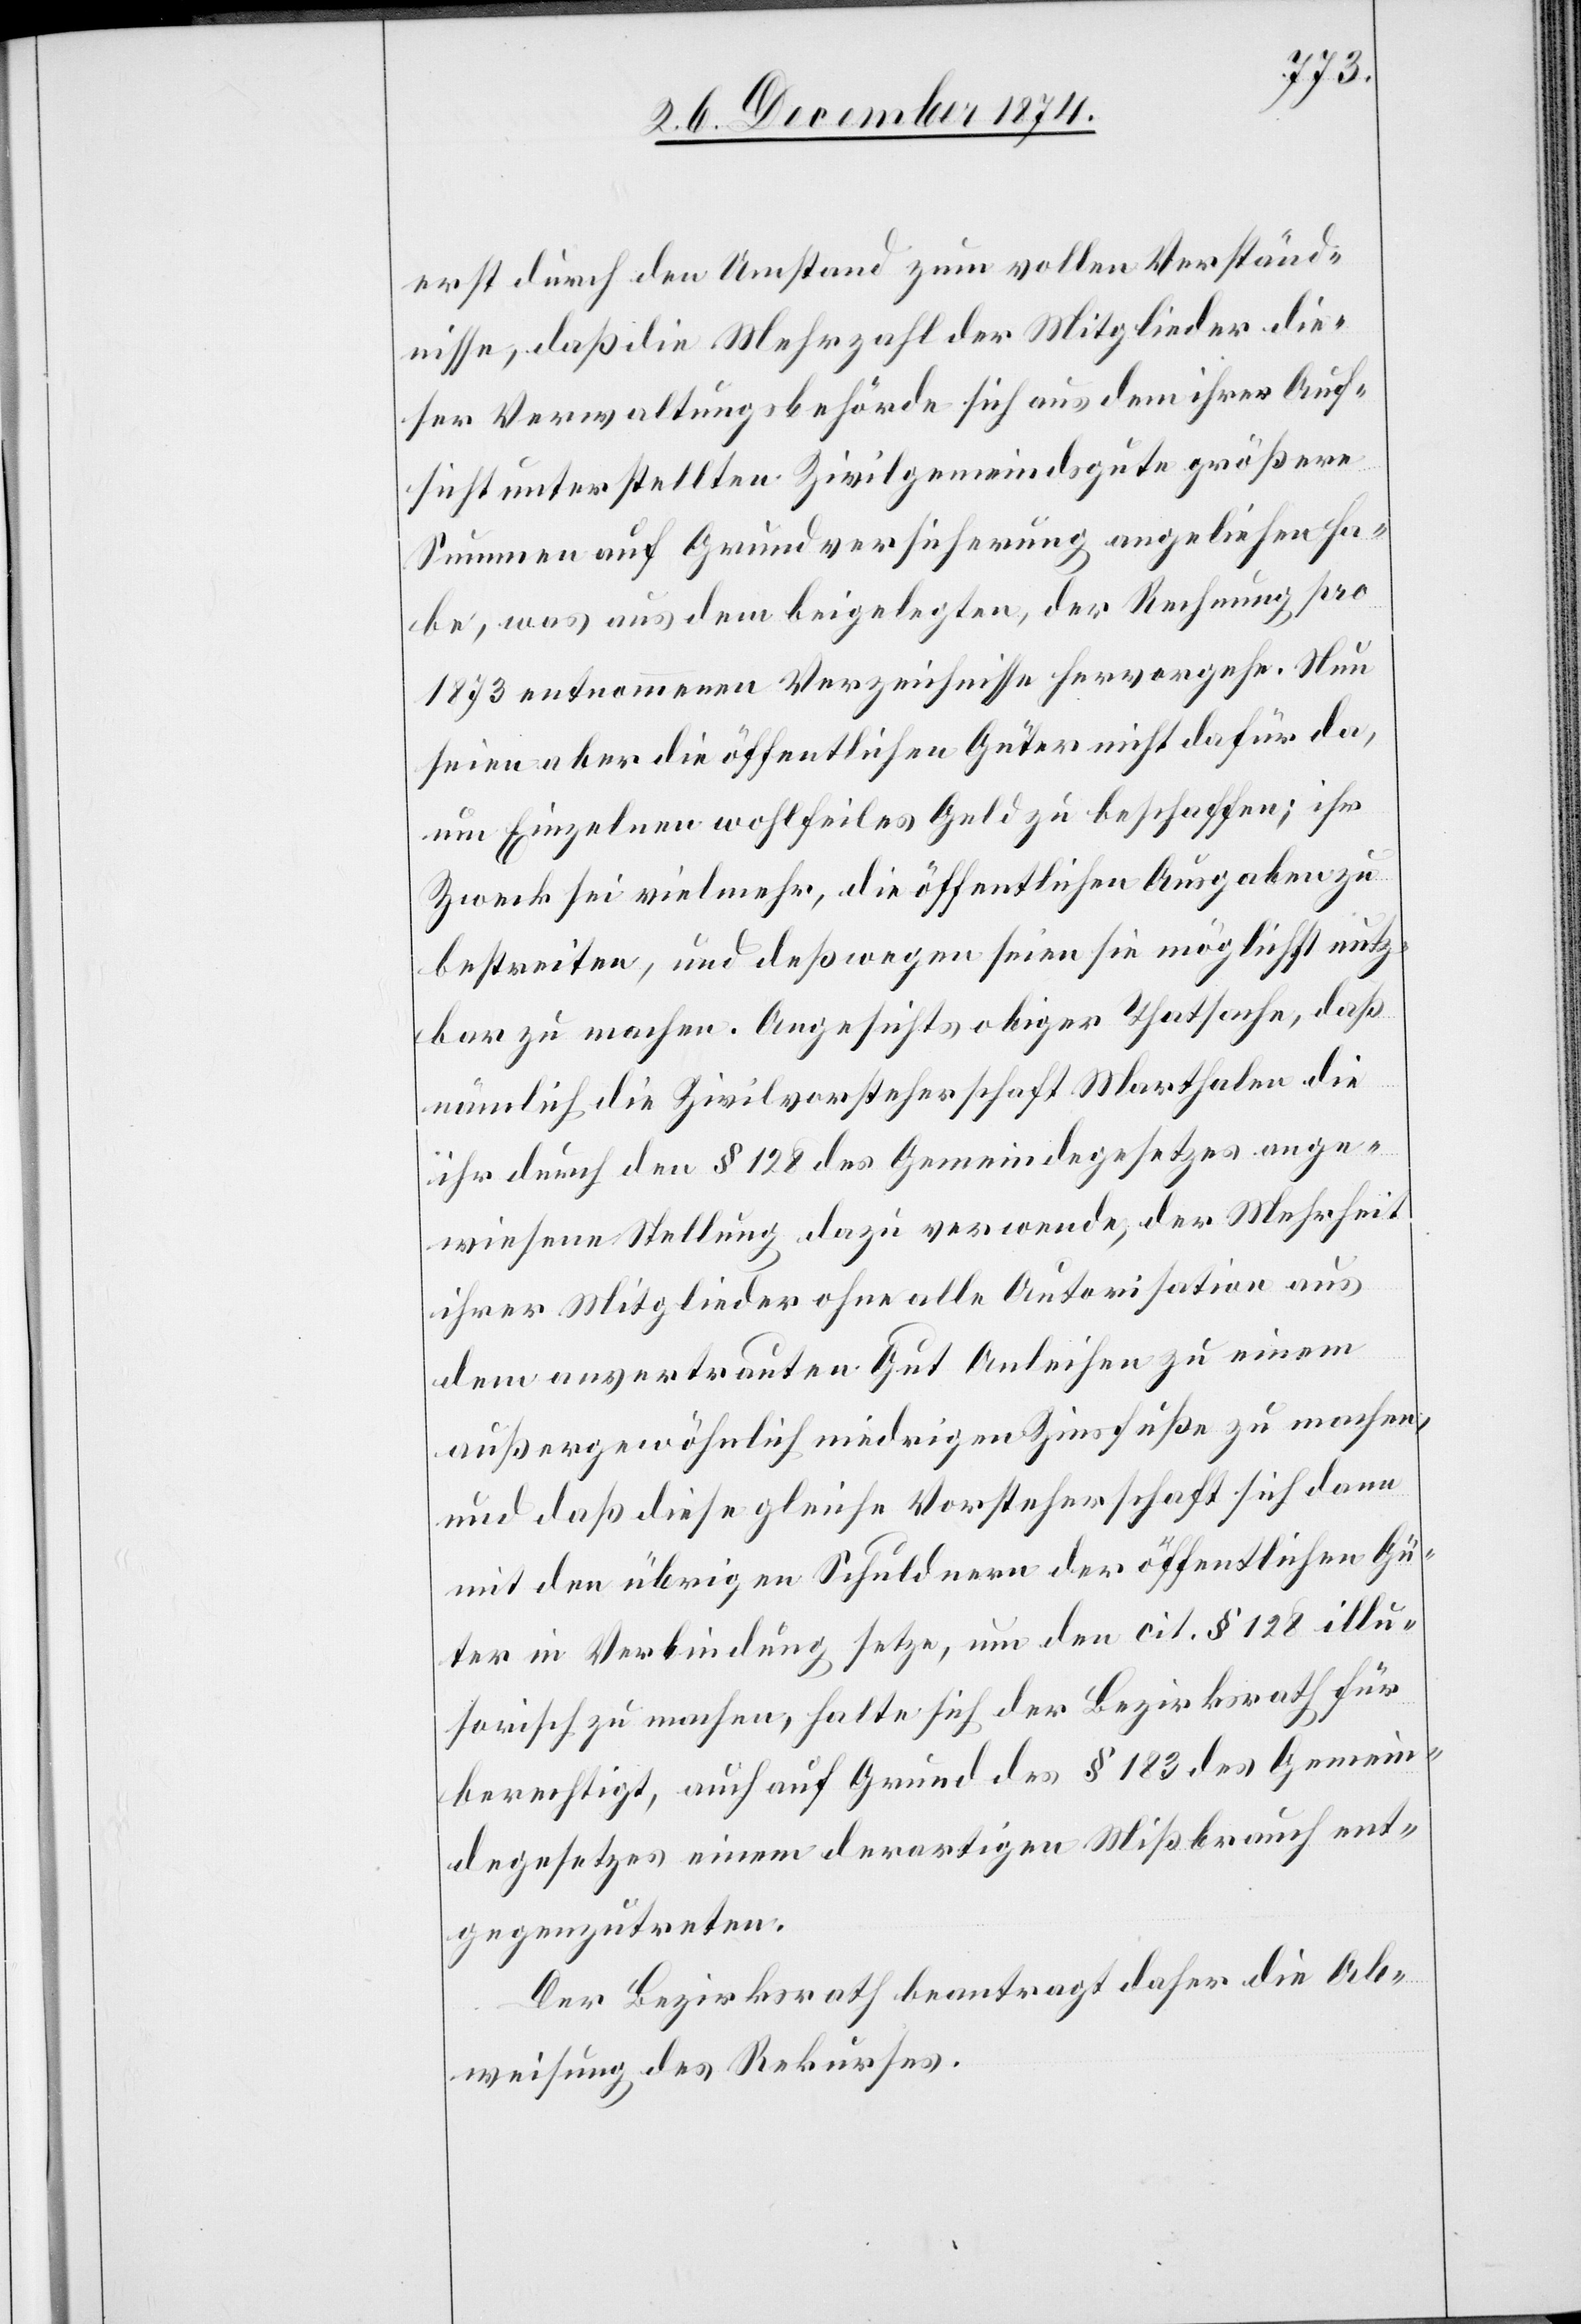
erst durch den Umstand zum vollen Verständ¬
nisse, daß die Mehrzahl der Mitglieder die¬
ser Verwaltungsbehörde sich aus dem ihrer Auf¬
sicht unterstellten Zivilgemeindsgute größere
Summen auf Grundversicherung angeliehen ha¬
be, was aus dem beigelegten, der Rechnung pro
1873 entnommenen Verzeichnisse hervorgehe. Nun
seien aber die öffentlichen Güter nicht dafür da,
um Einzelnen wohlfeiles Geld zu beschaffen; ihr
Zweck sei vielmehr, die öffentlichen Ausgaben zu
bestreiten, und deßwegen seien sie möglichst nutz¬
bar zu machen. Angesichts obiger Thatsache, daß
nämlich die Zivilvorsteherschaft Marthalen die
ihr durch den § 128 des Gemeindegesetzes ange¬
wiesene Stellung dazu verwende, der Mehrheit
ihrer Mitglieder ohne alle Autorisation aus
dem anvertrauten Gut Anleihen zu einem
außergewöhnlich niedrigen Zinsfuße zu machen,
und daß diese gleiche Vorsteherschaft sich dann
mit den übrigen Schuldnern der öffentlichen Gü¬
ter in Verbindung setze, um den cit. § 128 illu¬
sorisch zu machen, halte sich der Bezirksrath für
berechtigt, auch auf Grund des § 183 des Gemein¬
degesetzes einem derartigen Mißbrauch ent¬
gegenzutreten.
Der Bezirksrath beantragt daher die Ab¬
weisung des Rekurses.